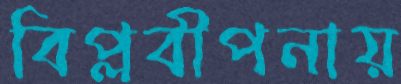
বিপ্লবীপনায়